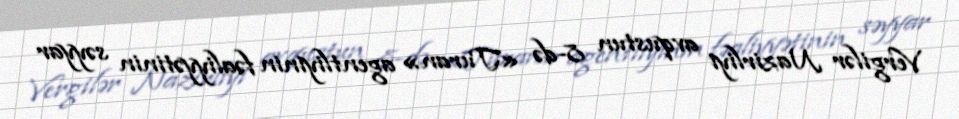
Vergilər Nazirliyi avqustun 8-də «Turan» agentliyinin fəaliyyətinin səyyar